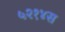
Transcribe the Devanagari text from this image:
५२१४स